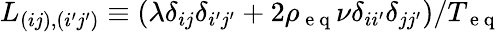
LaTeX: L_{(ij),(i^{\prime}j^{\prime})}\equiv(\lambda\delta_{ij}\delta_{i^{\prime}j^{\prime}}+2\rho_{\mathrm{~e~q~}}\nu\delta_{ii^{\prime}}\delta_{jj^{\prime}})/{T_{\mathrm{~e~q~}}}